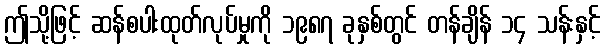
ဤသို့ဖြင့် ဆန်စပါးထုတ်လုပ်မှုကို ၁၉၈၇ ခုနှစ်တွင် တန်ချိန် ၁၄ သန်းနှင့်